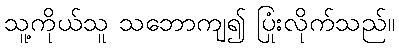
သူ့ကိုယ်သူ သဘောကျ၍ ပြုံးလိုက်သည်။